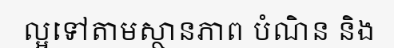
ល្អទៅតាមស្ថានភាព បំណិន និង